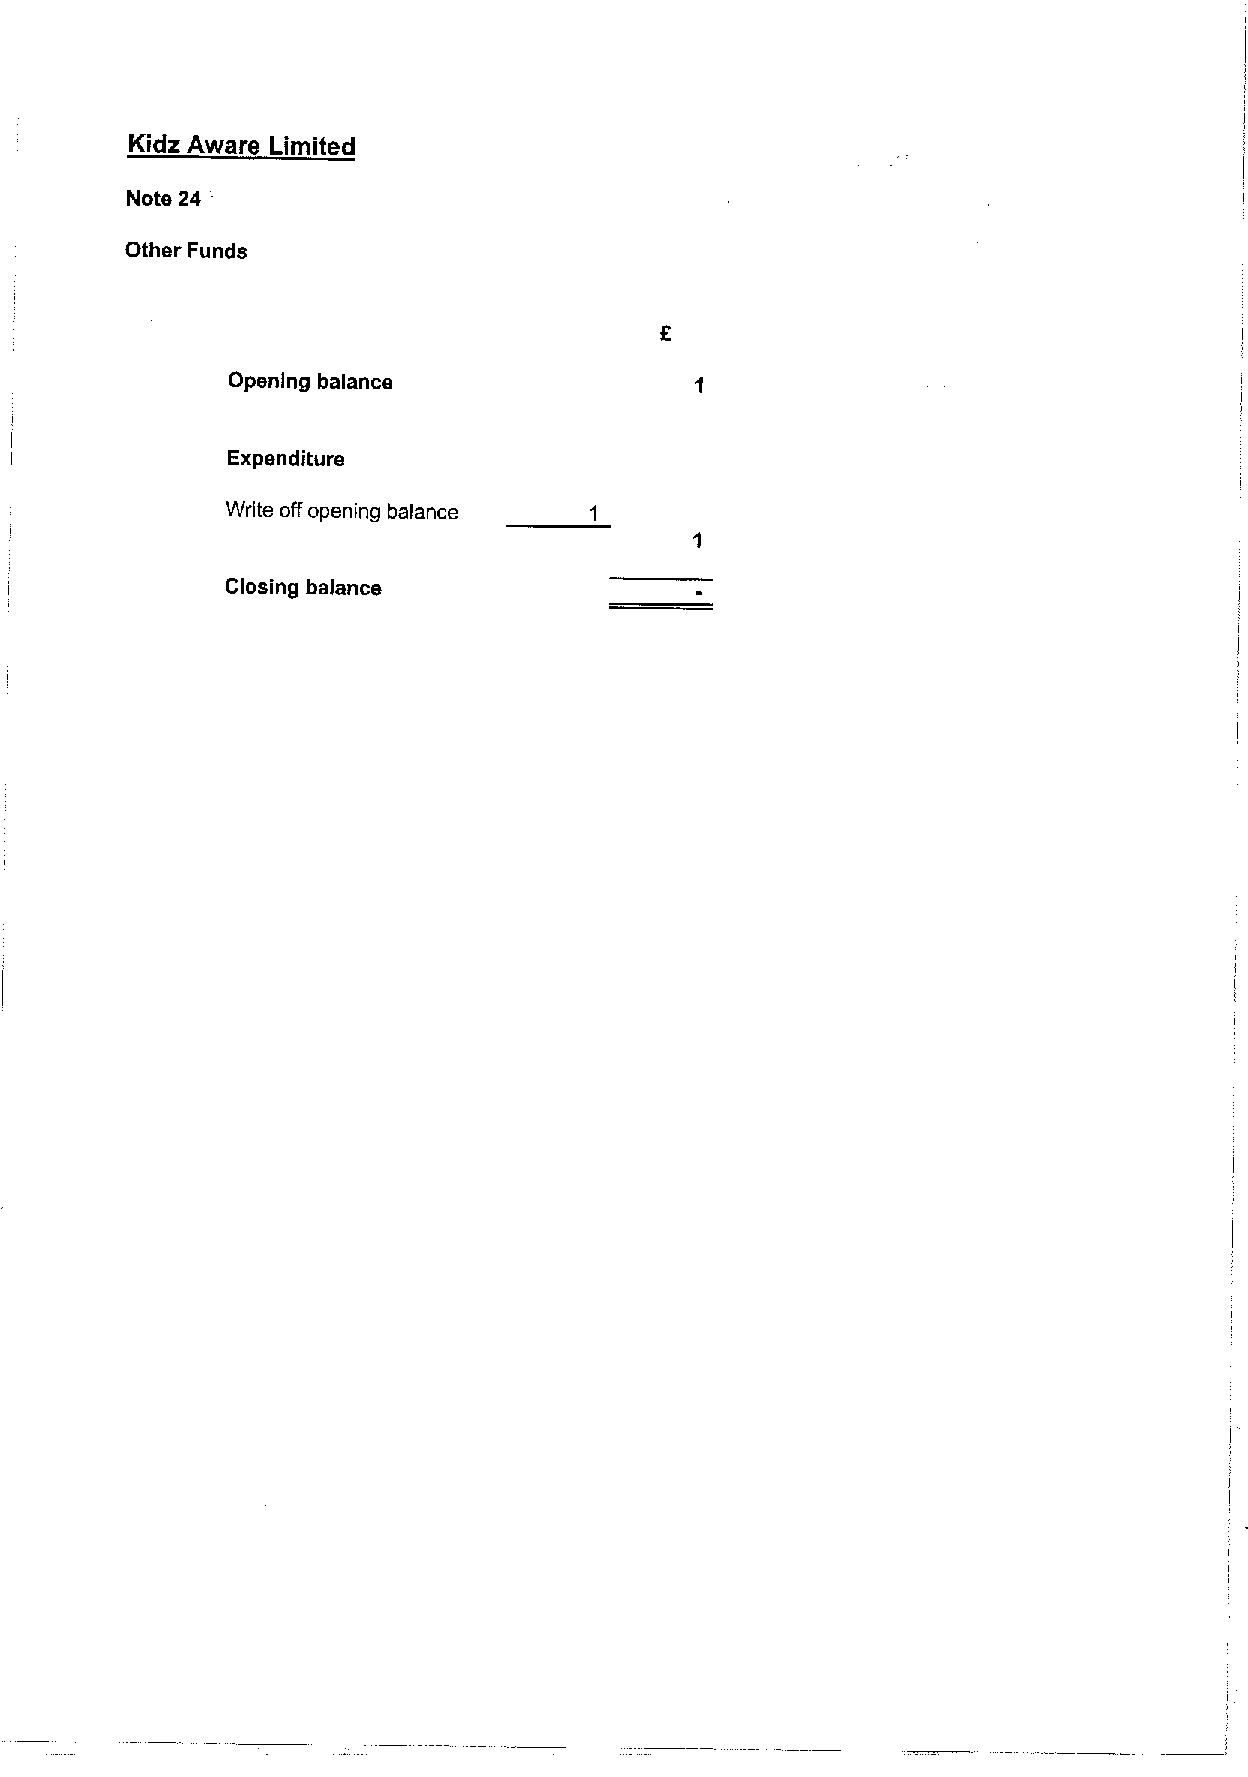
Kidz Aware Limited
 Note 24
 Other Funds
 Opening balance
 Expenditure
 Write offopening balance
 Closing balance